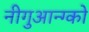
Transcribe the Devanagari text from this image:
नीगुआन्ग्को